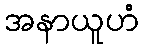
အနာယူဟံ